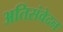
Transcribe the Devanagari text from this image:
अतिसंवेदन